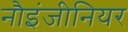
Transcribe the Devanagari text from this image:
नौइंजीनियर